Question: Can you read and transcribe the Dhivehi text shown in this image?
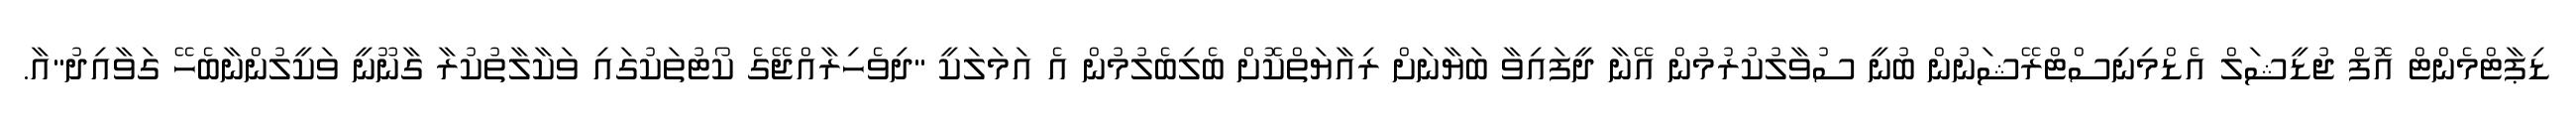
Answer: ޑިޕާޓްމެންޓް އޮފް ޖުޑީޝަލް އެޑްމިނިސްޓްރޭޝަނުން ބުނީ ސުވާލުކުރުމުން އޭނާ ދީފައިވާ ބަޔާނަށް ރިއާޔަތްކޮށް ބެލިބެލުމުން އެ އަމަލަކީ "ދިވެހިރާއްޖޭގެ ކޯޓުތަކުގައި ވަކާލާތުކުރާ ގާނޫނީ ވަކީލުންނާބެހޭ ގަވާއިދު"އާ.